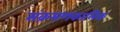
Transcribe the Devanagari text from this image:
संक्रमणकालिक